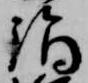
詣